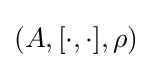
(A,[\cdot ,\cdot ],\rho )